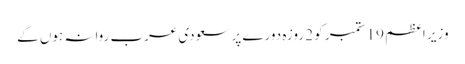
وزیر اعظم 19 ستمبر کو 2 روزہ دورے پر سعودی عرب روانہ ہوں گے